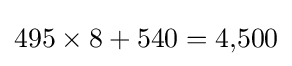
495\times 8+540=4{,}500